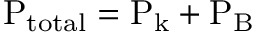
\mathrm { P _ { t o t a l } = P _ { k } + P _ { B } }